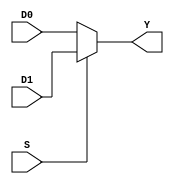
`timescale 1ns / 1ps
//////////////////////////////////////////////////////////////////////////////////
// Company: 
// Engineer: 
// 
// Design Name: 
// Module Name: thirtytwo_mux
// Project Name: 
// Target Devices: 
// Tool Versions: 
// Description: 
// 
// Dependencies: 
// 
// Revision:
// Revision 0.01 - File Created
// Additional Comments:
// 
//////////////////////////////////////////////////////////////////////////////////

//We designed this MUX using by checking if S is 1 go to D1 and if S is 0 go to D0. 

module thirtytwo_mux(D0,D1,S,Y); 

input wire [31:0]D0,D1; 
input wire S;  
output reg [31:0]Y; 

always@(D0 or D1 or S) 
begin 

if(S)
Y=D1; 
else 
Y=D0; 

end 

endmodule